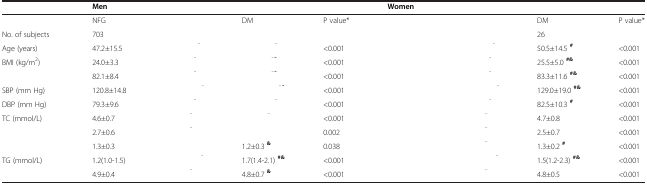
<table><thead><tr><td>[EMPTY_CELL]</td><td><b>Men</b></td><td>[EMPTY_CELL]</td><td>[EMPTY_CELL]</td><td>[EMPTY_CELL]</td><td><b>Women</b></td><td>[EMPTY_CELL]</td><td>[EMPTY_CELL]</td><td>[EMPTY_CELL]</td></tr></thead><tbody><tr><td>[EMPTY_CELL]</td><td>NFG</td><td>[EMPTY_CELL]</td><td>DM</td><td>P value*</td><td>[EMPTY_CELL]</td><td>[EMPTY_CELL]</td><td>DM</td><td>P value*</td></tr><tr><td>No. of subjects</td><td>703</td><td>[EMPTY_CELL]</td><td>[EMPTY_CELL]</td><td>[EMPTY_CELL]</td><td>[EMPTY_CELL]</td><td>[EMPTY_CELL]</td><td>26</td><td>[EMPTY_CELL]</td></tr><tr><td>Age (years)</td><td>47.2±15.5</td><td>[EMPTY_CELL]</td><td>[EMPTY_CELL]</td><td>&lt;0.001</td><td>[EMPTY_CELL]</td><td>[EMPTY_CELL]</td><td>50.5±14.5 <sup><b>#</b></sup></td><td>&lt;0.001</td></tr><tr><td>BMI (kg/m<sup>2</sup>)</td><td>24.0±3.3</td><td>[EMPTY_CELL]</td><td>[EMPTY_CELL]</td><td>&lt;0.001</td><td>[EMPTY_CELL]</td><td>[EMPTY_CELL]</td><td>25.5±5.0 <sup><b>#&amp;</b></sup></td><td>&lt;0.001</td></tr><tr><td>[EMPTY_CELL]</td><td>82.1±8.4</td><td>[EMPTY_CELL]</td><td>[EMPTY_CELL]</td><td>&lt;0.001</td><td>[EMPTY_CELL]</td><td>[EMPTY_CELL]</td><td>83.3±11.6 <sup><b>#&amp;</b></sup></td><td>&lt;0.001</td></tr><tr><td>SBP (mm Hg)</td><td>120.8±14.8</td><td>[EMPTY_CELL]</td><td>[EMPTY_CELL]</td><td>&lt;0.001</td><td>[EMPTY_CELL]</td><td>[EMPTY_CELL]</td><td>129.0±19.0 <sup><b>#&amp;</b></sup></td><td>&lt;0.001</td></tr><tr><td>DBP (mm Hg)</td><td>79.3±9.6</td><td>[EMPTY_CELL]</td><td>[EMPTY_CELL]</td><td>&lt;0.001</td><td>[EMPTY_CELL]</td><td>[EMPTY_CELL]</td><td>82.5±10.3 <sup><b>#</b></sup></td><td>&lt;0.001</td></tr><tr><td>TC (mmol/L)</td><td>4.6±0.7</td><td>[EMPTY_CELL]</td><td>[EMPTY_CELL]</td><td>&lt;0.001</td><td>[EMPTY_CELL]</td><td>[EMPTY_CELL]</td><td>4.7±0.8</td><td>&lt;0.001</td></tr><tr><td>[EMPTY_CELL]</td><td>2.7±0.6</td><td>[EMPTY_CELL]</td><td>[EMPTY_CELL]</td><td>0.002</td><td>[EMPTY_CELL]</td><td>[EMPTY_CELL]</td><td>2.5±0.7</td><td>&lt;0.001</td></tr><tr><td>[EMPTY_CELL]</td><td>1.3±0.3</td><td>[EMPTY_CELL]</td><td>1.2±0.3 <sup><b>&amp;</b></sup></td><td>0.038</td><td>[EMPTY_CELL]</td><td>[EMPTY_CELL]</td><td>1.3±0.2 <sup><b>#</b></sup></td><td>&lt;0.001</td></tr><tr><td>TG (mmol/L)</td><td>1.2(1.0-1.5)</td><td>[EMPTY_CELL]</td><td>1.7(1.4-2.1) <sup><b>#&amp;</b></sup></td><td>&lt;0.001</td><td>[EMPTY_CELL]</td><td>[EMPTY_CELL]</td><td>1.5(1.2-2.3) <sup><b>#&amp;</b></sup></td><td>&lt;0.001</td></tr><tr><td>[EMPTY_CELL]</td><td>4.9±0.4</td><td>[EMPTY_CELL]</td><td>4.8±0.7 <sup><b>&amp;</b></sup></td><td>&lt;0.001</td><td>[EMPTY_CELL]</td><td>[EMPTY_CELL]</td><td>4.8±0.5</td><td>&lt;0.001</td></tr></tbody></table>